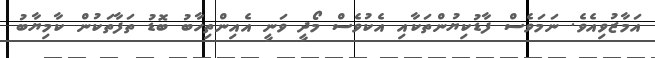
އަމާޒުވިއެވެ. ނަމަވެސް ފާޑުކިޔުންތަކާއި އެކުވެސް މޯދީ ވަނީ އެއިންތިހާބު ބޮޑު ތަފާތަކުން ކާމިޔާބު